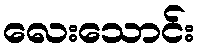
လေးသောင်း